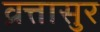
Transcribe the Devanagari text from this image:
व्रत्तासुर